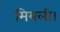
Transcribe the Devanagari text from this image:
मियली।